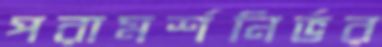
পরামর্শনির্ভর